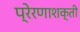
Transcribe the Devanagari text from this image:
प्रेरणाशक्ती